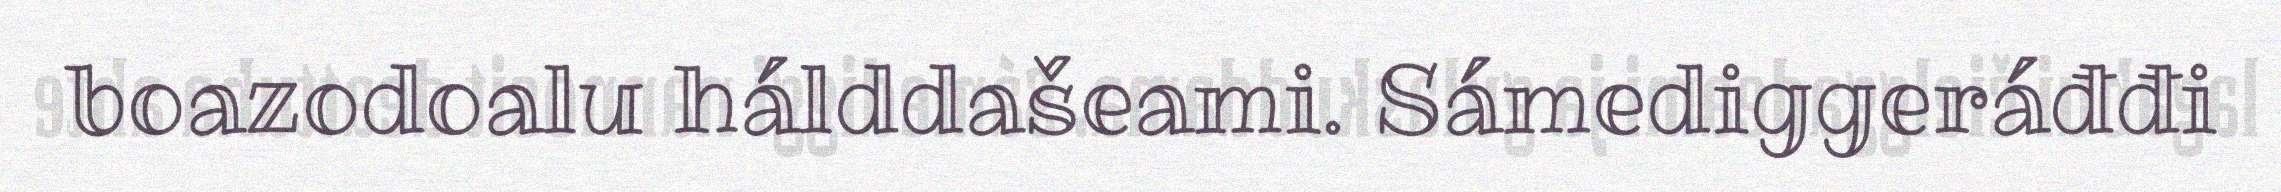
boazodoalu hálddašeami. Sámediggeráđđi